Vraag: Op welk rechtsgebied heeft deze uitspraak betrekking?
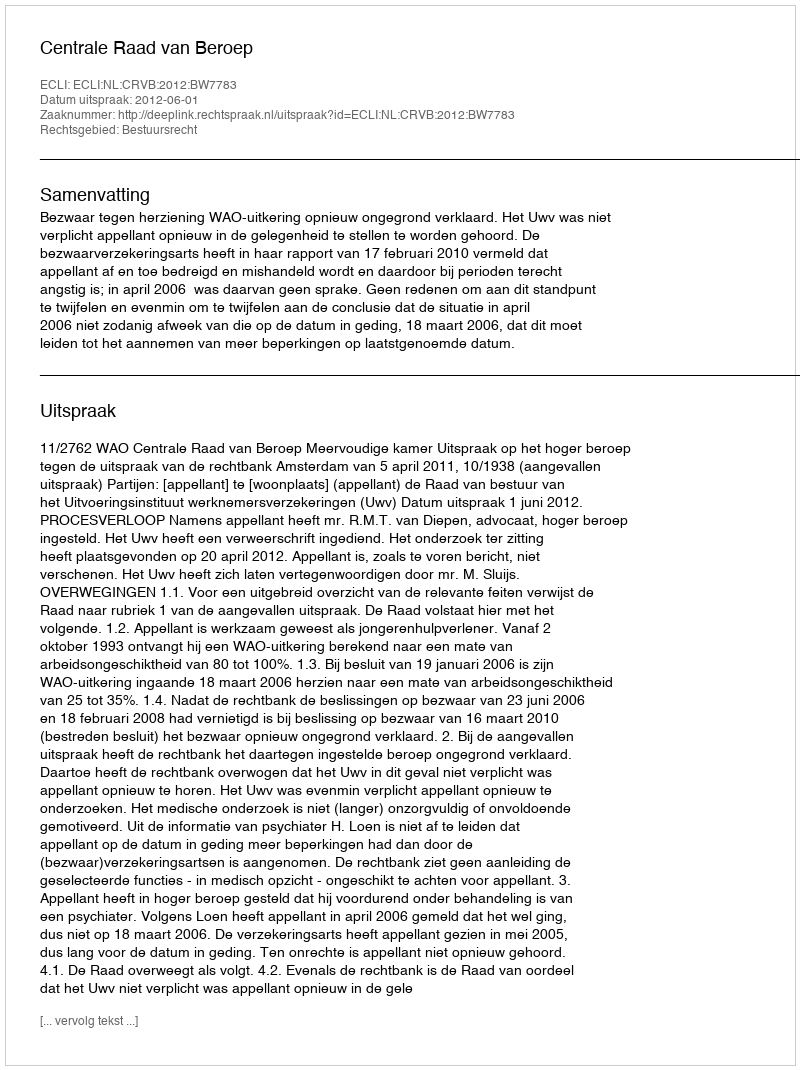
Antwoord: Bestuursrecht